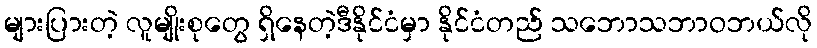
များပြားတဲ့ လူမျိုးစုတွေ ရှိနေတဲ့ဒီနိုင်ငံမှာ နိုင်ငံတည် သဘောသဘာဝဘယ်လို